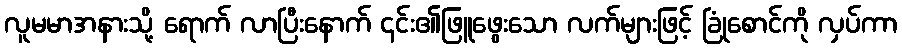
လူမမာအနားသို့ ရောက် လာပြီးနောက် ၎င်း၏ဖြူဖွေးသော လက်များဖြင့် ခြုံစောင်ကို လှပ်ကာ